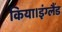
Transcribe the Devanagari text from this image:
किया।इंग्लैंड